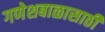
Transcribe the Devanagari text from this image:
गणेशबाळासाठी